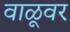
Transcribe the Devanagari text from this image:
वाळूवर